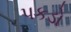
પકડો